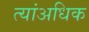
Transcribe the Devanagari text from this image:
त्यांअधिक